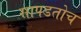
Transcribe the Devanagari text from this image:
सापडतोच